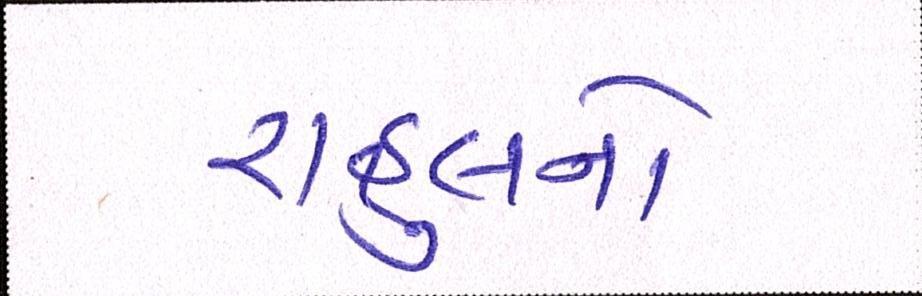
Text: રાહુલનો